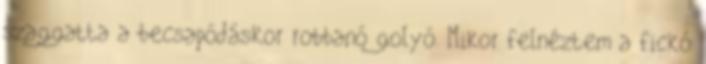
szaggatta a becsapódáskor robbanó golyó. Mikor felnéztem a fickó